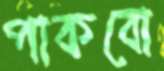
পাকবো